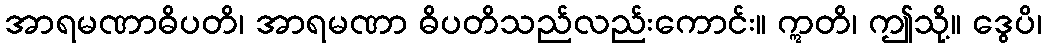
အာရမဏာဓိပတိ၊ အာရမဏာ ဓိပတိသည်လည်းကောင်း။ ဣတိ၊ ဤသို့။ ဒွေပိ၊